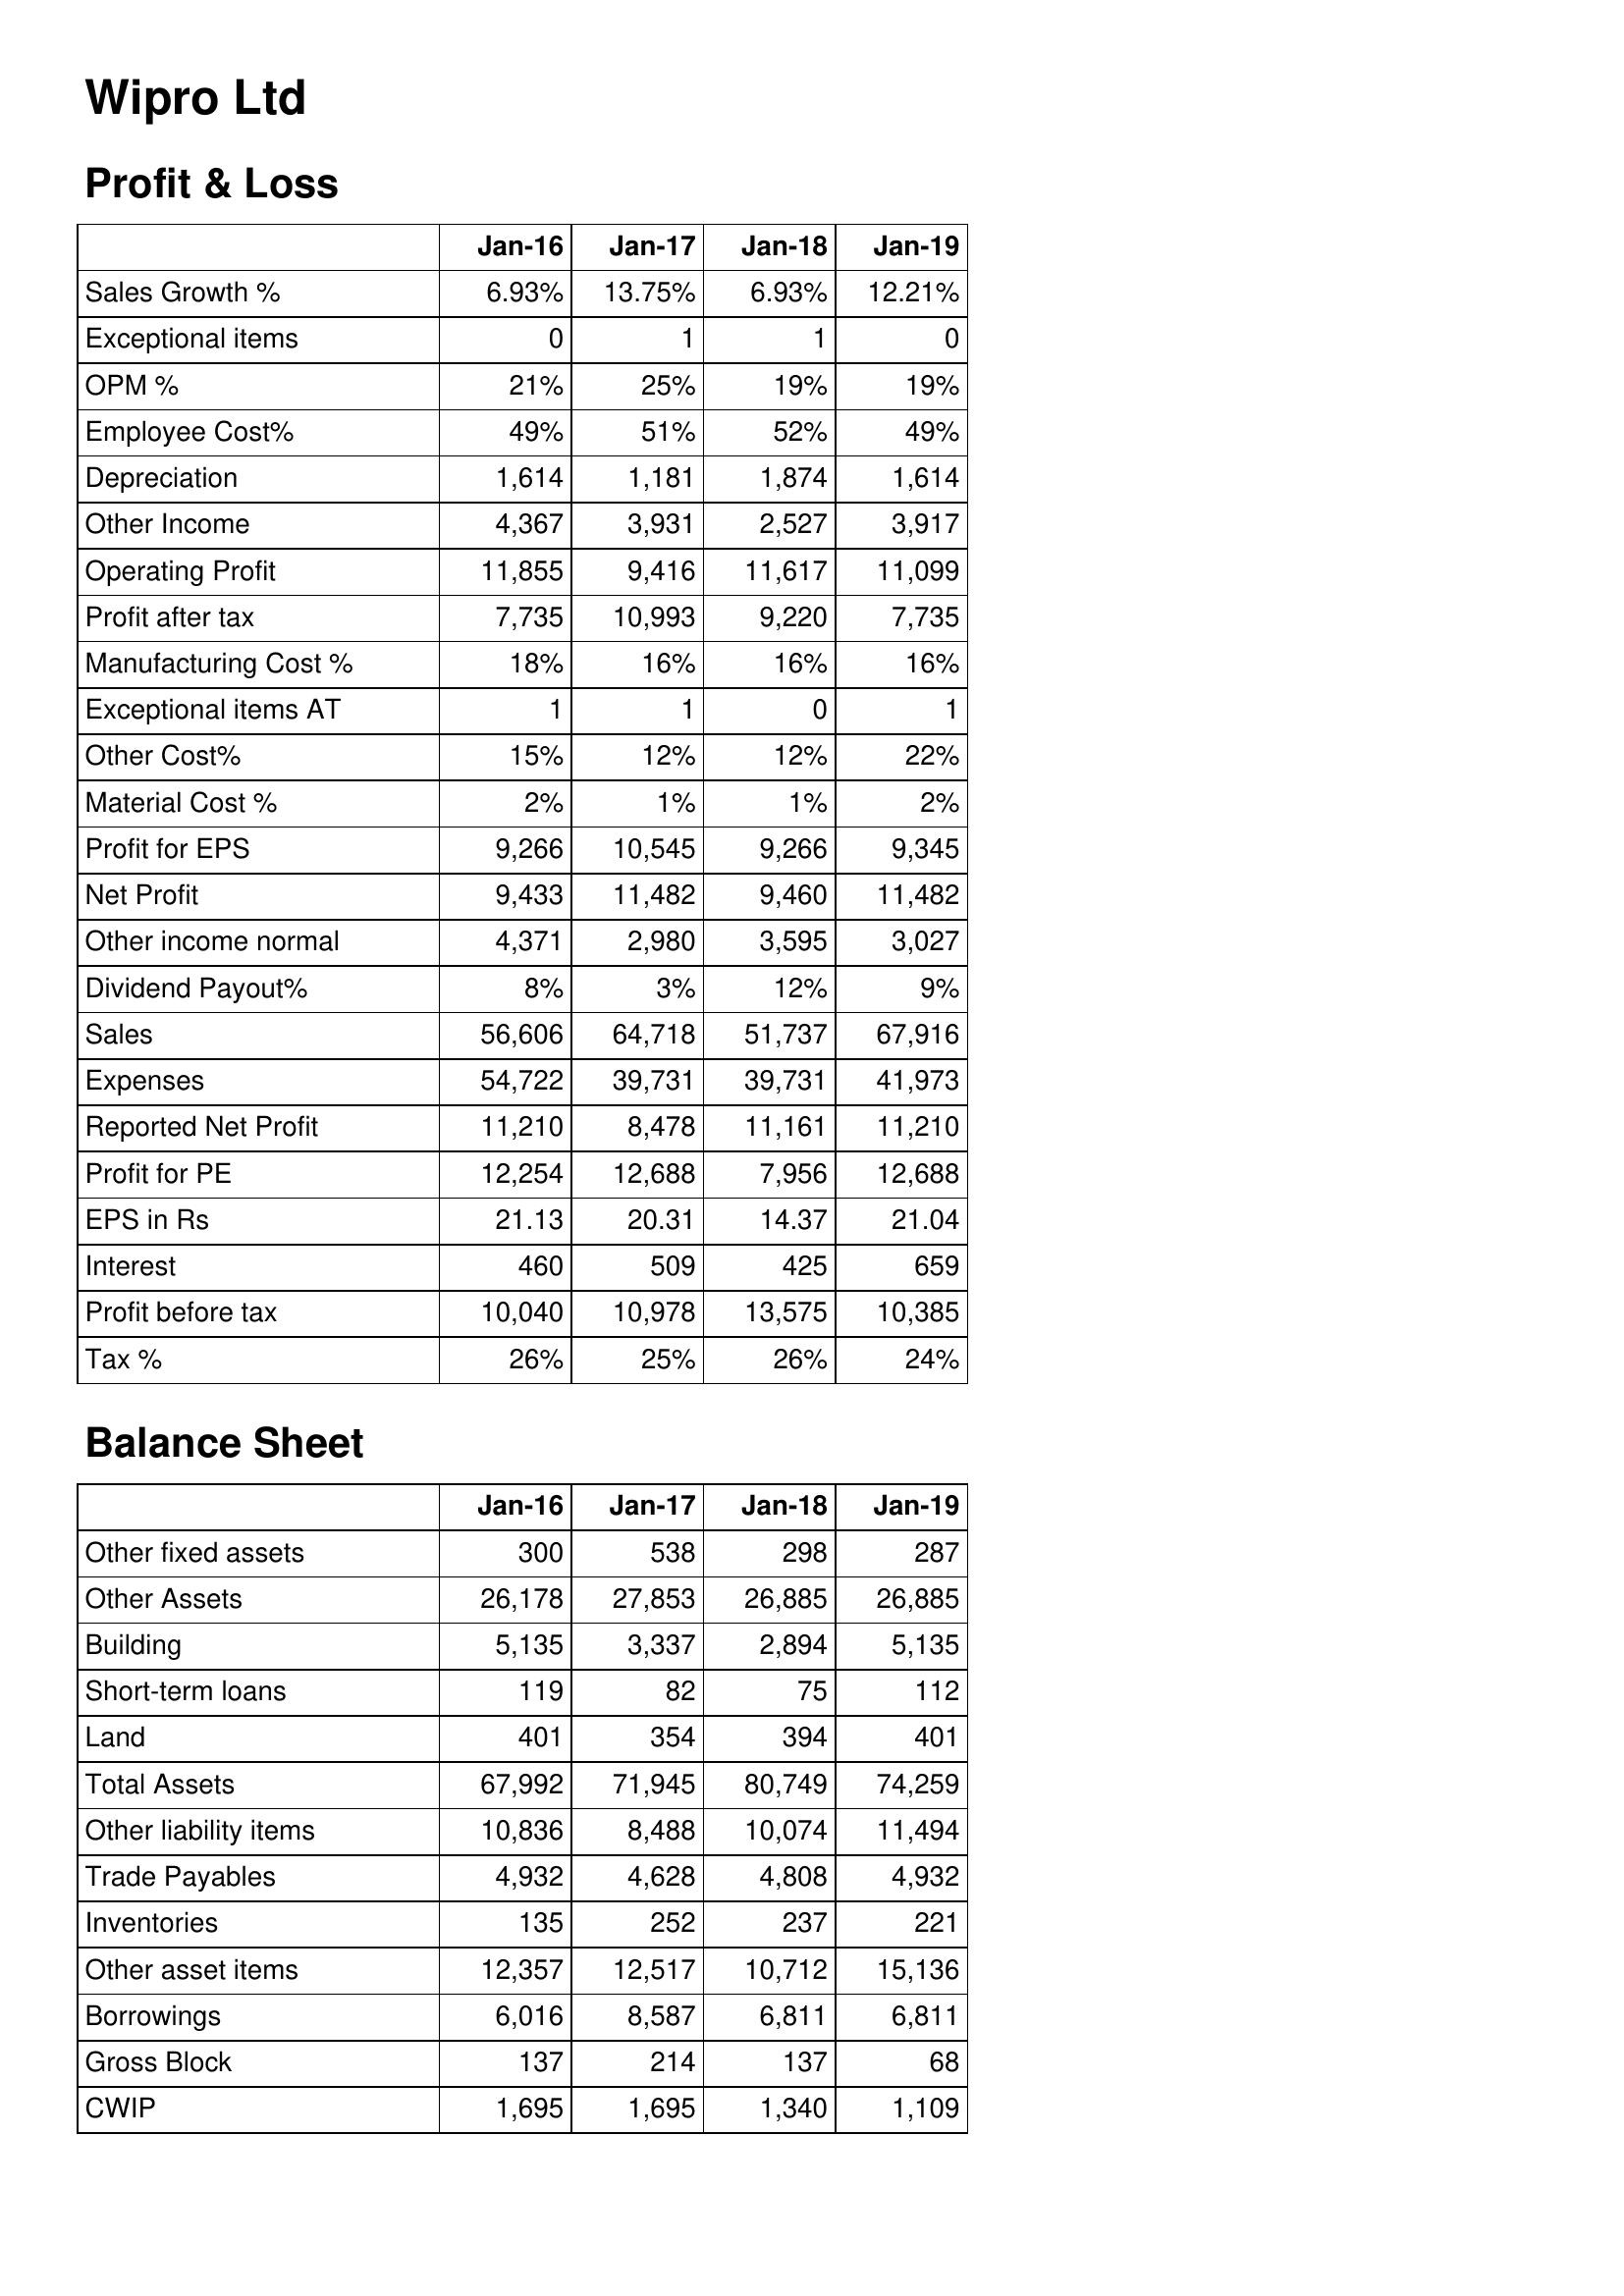
Jan-16: Profit & Loss: Sales Growth %: 6.93%
Exceptional items: 0
OPM %: 21%
Employee Cost%: 49%
Depreciation: 1,614
Other Income: 4,367
Operating Profit: 11,855
Profit after tax: 7,735
Manufacturing Cost %: 18%
Exceptional items AT: 1
Other Cost%: 15%
Material Cost %: 2%
Profit for EPS: 9,266
Net Profit: 9,433
Other income normal: 4,371
Dividend Payout%: 8%
Sales: 56,606
Expenses: 54,722
Reported Net Profit: 11,210
Profit for PE: 12,254
EPS in Rs: 21.13
Interest: 460
Profit before tax: 10,040
Tax %: 26%
Balance Sheet: Other fixed assets: 300
Other Assets: 26,178
Building: 5,135
Short-term loans: 119
Land: 401
Total Assets: 67,992
Other liability items: 10,836
Trade Payables: 4,932
Inventories: 135
Other asset items: 12,357
Borrowings: 6,016
Gross Block: 137
CWIP: 1,695
Jan-17: Profit & Loss: Sales Growth %: 13.75%
Exceptional items: 1
OPM %: 25%
Employee Cost%: 51%
Depreciation: 1,181
Other Income: 3,931
Operating Profit: 9,416
Profit after tax: 10,993
Manufacturing Cost %: 16%
Exceptional items AT: 1
Other Cost%: 12%
Material Cost %: 1%
Profit for EPS: 10,545
Net Profit: 11,482
Other income normal: 2,980
Dividend Payout%: 3%
Sales: 64,718
Expenses: 39,731
Reported Net Profit: 8,478
Profit for PE: 12,688
EPS in Rs: 20.31
Interest: 509
Profit before tax: 10,978
Tax %: 25%
Balance Sheet: Other fixed assets: 538
Other Assets: 27,853
Building: 3,337
Short-term loans: 82
Land: 354
Total Assets: 71,945
Other liability items: 8,488
Trade Payables: 4,628
Inventories: 252
Other asset items: 12,517
Borrowings: 8,587
Gross Block: 214
CWIP: 1,695
Jan-18: Profit & Loss: Sales Growth %: 6.93%
Exceptional items: 1
OPM %: 19%
Employee Cost%: 52%
Depreciation: 1,874
Other Income: 2,527
Operating Profit: 11,617
Profit after tax: 9,220
Manufacturing Cost %: 16%
Exceptional items AT: 0
Other Cost%: 12%
Material Cost %: 1%
Profit for EPS: 9,266
Net Profit: 9,460
Other income normal: 3,595
Dividend Payout%: 12%
Sales: 51,737
Expenses: 39,731
Reported Net Profit: 11,161
Profit for PE: 7,956
EPS in Rs: 14.37
Interest: 425
Profit before tax: 13,575
Tax %: 26%
Balance Sheet: Other fixed assets: 298
Other Assets: 26,885
Building: 2,894
Short-term loans: 75
Land: 394
Total Assets: 80,749
Other liability items: 10,074
Trade Payables: 4,808
Inventories: 237
Other asset items: 10,712
Borrowings: 6,811
Gross Block: 137
CWIP: 1,340
Jan-19: Profit & Loss: Sales Growth %: 12.21%
Exceptional items: 0
OPM %: 19%
Employee Cost%: 49%
Depreciation: 1,614
Other Income: 3,917
Operating Profit: 11,099
Profit after tax: 7,735
Manufacturing Cost %: 16%
Exceptional items AT: 1
Other Cost%: 22%
Material Cost %: 2%
Profit for EPS: 9,345
Net Profit: 11,482
Other income normal: 3,027
Dividend Payout%: 9%
Sales: 67,916
Expenses: 41,973
Reported Net Profit: 11,210
Profit for PE: 12,688
EPS in Rs: 21.04
Interest: 659
Profit before tax: 10,385
Tax %: 24%
Balance Sheet: Other fixed assets: 287
Other Assets: 26,885
Building: 5,135
Short-term loans: 112
Land: 401
Total Assets: 74,259
Other liability items: 11,494
Trade Payables: 4,932
Inventories: 221
Other asset items: 15,136
Borrowings: 6,811
Gross Block: 68
CWIP: 1,109